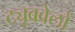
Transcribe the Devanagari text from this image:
ट्यूबवेलों